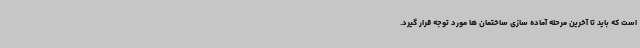
است که باید تا آخرین مرحله آماده سازی ساختمان ها مورد توجه قرار گیرد.